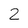
Character: 2